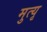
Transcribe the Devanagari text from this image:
मुत्यृ